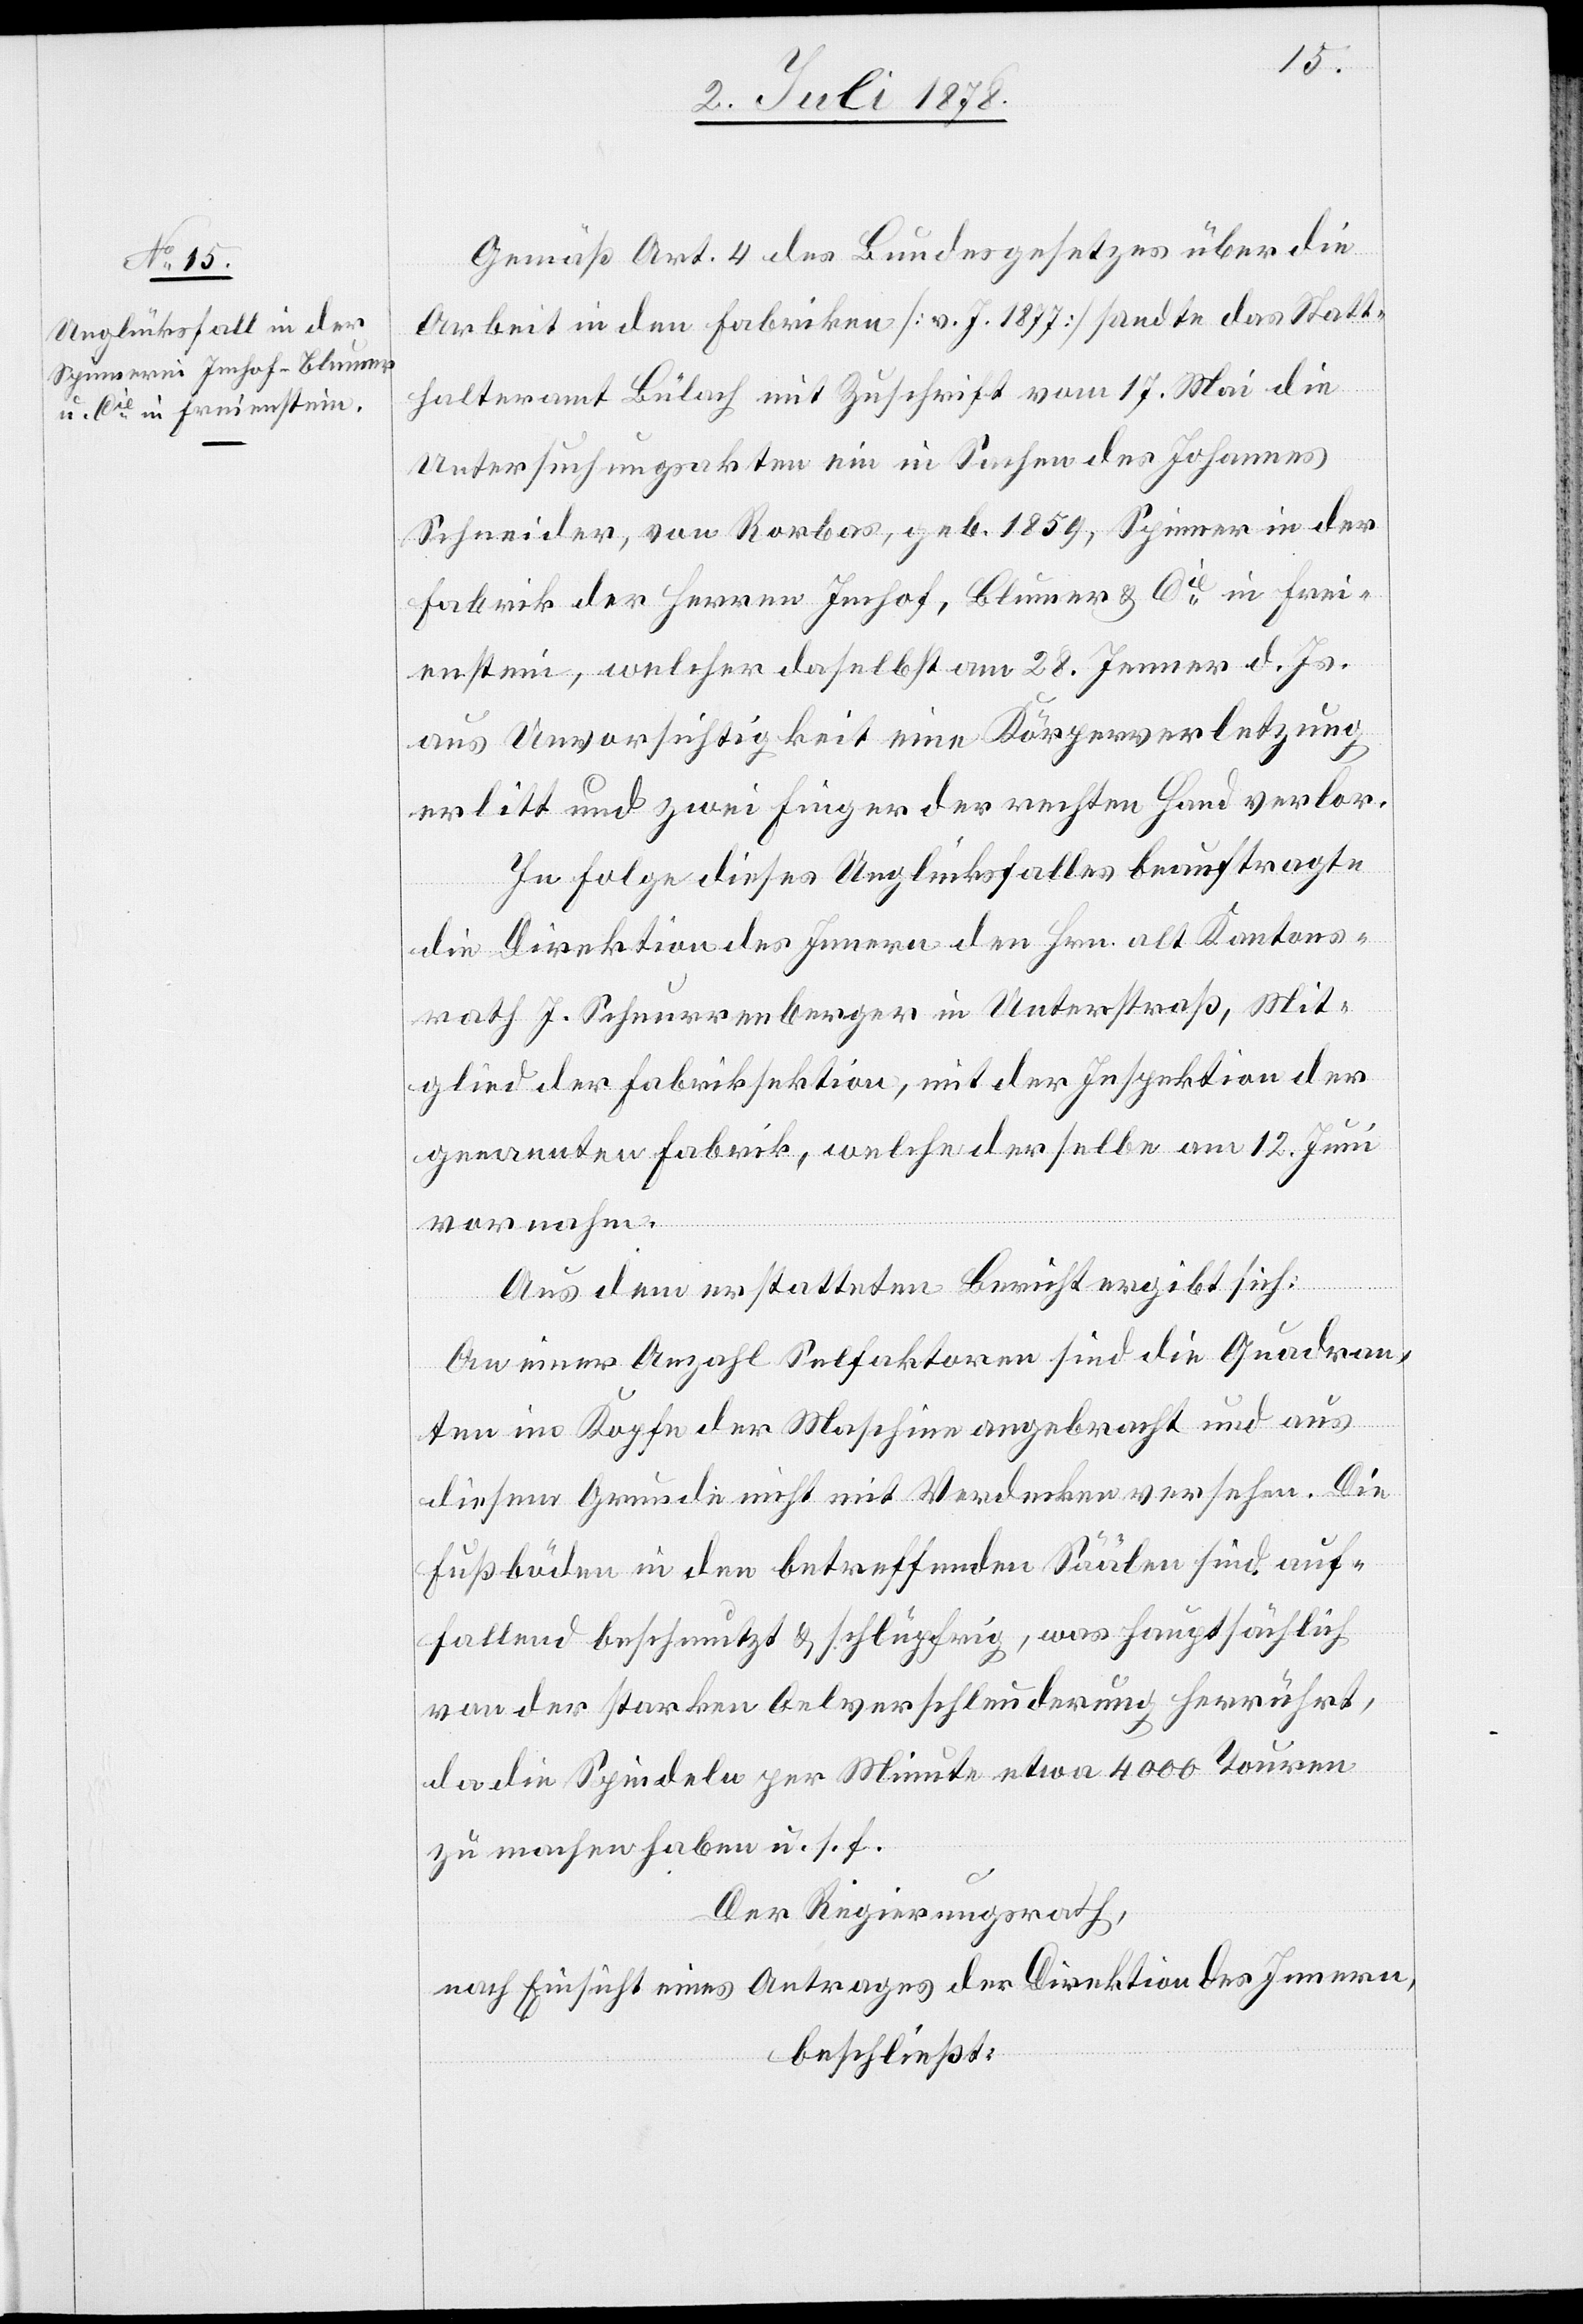
Gemäß Art. 4 des Bundesgesetzes über die
Arbeit in den Fabriken [v. J. 1877] sandte das Statt¬
halteramt Bülach mit Zuschrift vom 17. Mai die
Untersuchungsakten ein in Sachen des Johannes
Schneider, von Rorbas, geb. 1859, Spinner in der
Fabrik der Herren Imhof, Blumer & Cie in Frei¬
enstein, welcher daselbst am 28. Jenner d. Js.
aus Unvorsichtigkeit eine Körperverletzung
erlitt und zwei Finger der rechten Hand verlor.
In Folge dieses Unglücksfalles beauftragte
die Direktion des Innern den Hrn. alt. Kantons¬
rath J. Schnurrenberger in Unterstraß, Mit¬
glied der Fabriksektion, mit der Inspektion der
genannten Fabrik, welche derselbe am 12. Juni
vornahm.
Aus dem erstatteten Bericht ergibt sich:
An einer Anzahl Selfaktoren sind die Quadran¬
ten im Kopfe der Maschine angebracht und aus
diesem Grunde nicht mit Verdecken versehen. Die
Fußböden in den betreffenden Säälen sind auf¬
fallend beschmutzt & schlüpfrig, was hauptsächlich
von der starken Oelverschleuderung herrührt,
da die Spindeln per Minute etwa 4000 Touren
zu machen haben u. s. f.
Der Regierungsrath,
nach Einsicht eines Antrages der Direktion des Innern,
beschließt: